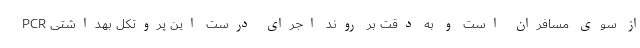
PCR از سوی مسافران است و به دقت بر روند اجرای درست این پروتکل بهداشتی